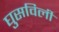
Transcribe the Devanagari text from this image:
घुसविली